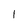
Character: 1